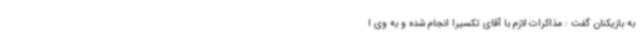
به بازیکنان گفت : مذاکرات لازم با آقای تکسیرا انجام شده و به وی ا